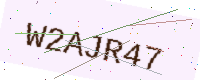
Text: W2AJR47